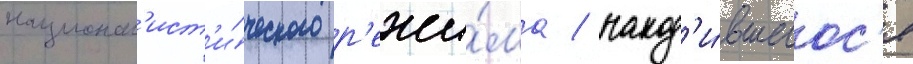
национал'ист'и́ческого р'ежи́ма / наход'и́вшегос'я